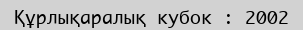
Құрлықаралық кубок : 2002